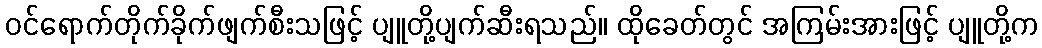
ဝင်ရောက်တိုက်ခိုက်ဖျက်စီးသဖြင့် ပျူတို့ပျက်ဆီးရသည်။ ထိုခေတ်တွင် အကြမ်းအားဖြင့် ပျူတို့က